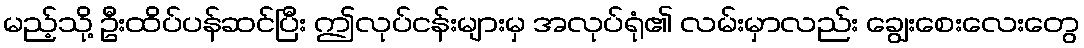
မည့်သို့ ဦးထိပ်ပန်ဆင်ပြီး ဤလုပ်ငန်းများမှ အလုပ်ရုံ၏ လမ်းမှာလည်း ချွေးစေးလေးတွေ